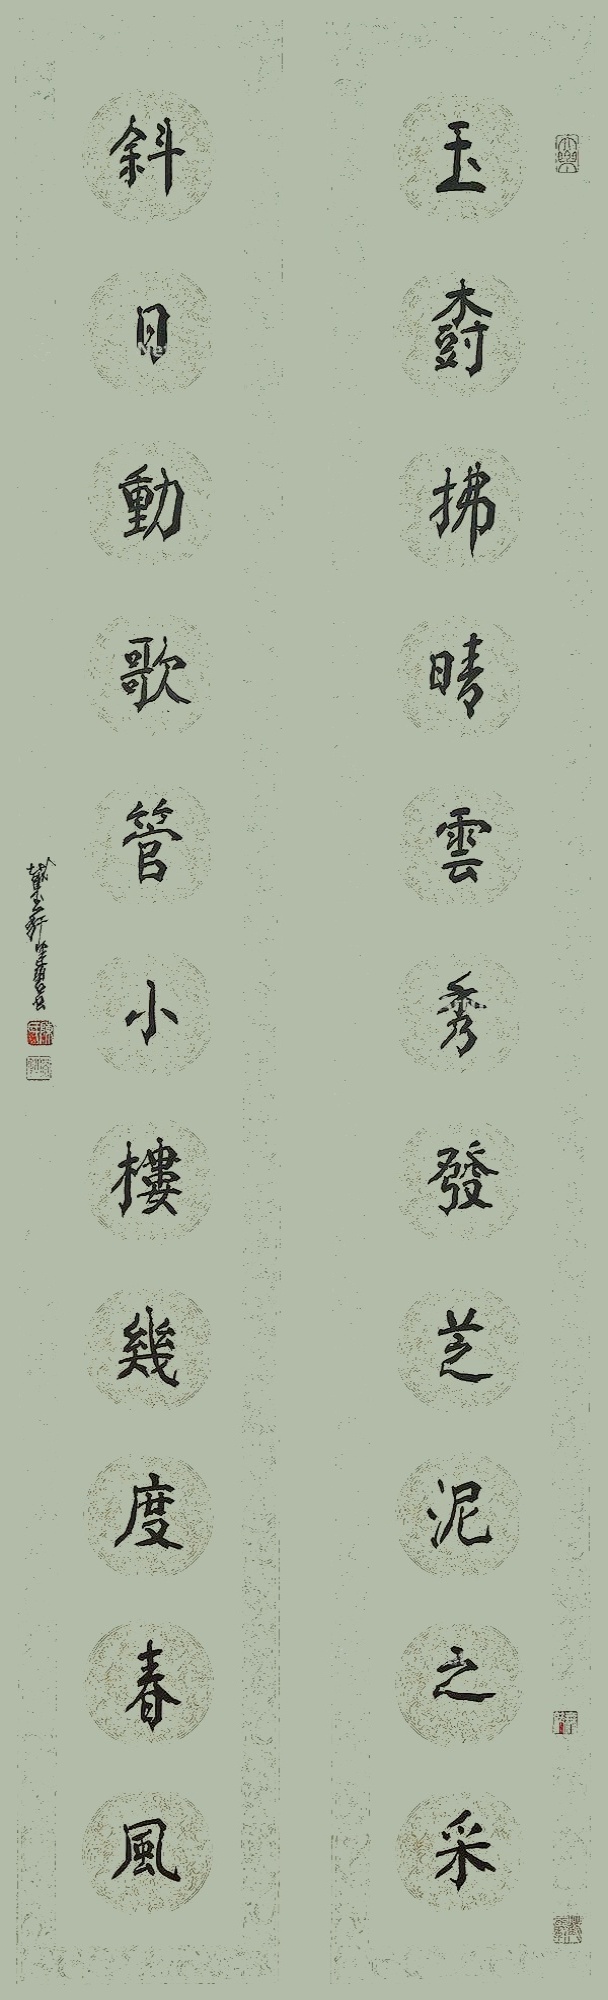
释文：玉树拂晴云秀发芝泥之采，斜日动歌管小楼几度春风。截玉轩健碧书。